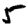
Digit: 5